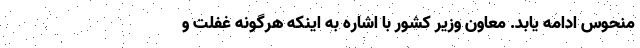
منحوس ادامه یابد. معاون وزیر کشور با اشاره به اینکه هرگونه غفلت و